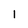
Character: l